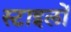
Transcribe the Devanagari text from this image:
स्टाइलों